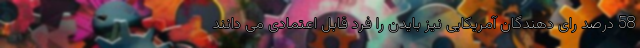
58 درصد رای دهندگان آمریکایی نیز بایدن را فرد قابل اعتمادی می دانند